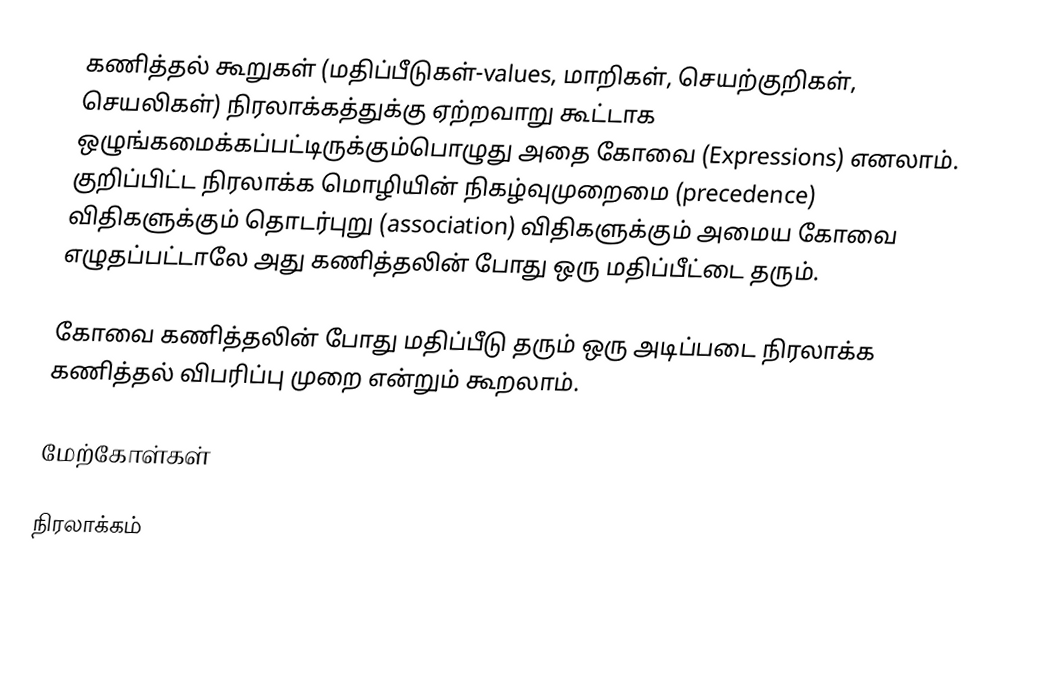
கணித்தல் கூறுகள் (மதிப்பீடுகள்-values, மாறிகள், செயற்குறிகள், செயலிகள்) நிரலாக்கத்துக்கு ஏற்றவாறு கூட்டாக ஒழுங்கமைக்கப்பட்டிருக்கும்பொழுது அதை கோவை (Expressions) எனலாம். குறிப்பிட்ட நிரலாக்க மொழியின் நிகழ்வுமுறைமை (precedence) விதிகளுக்கும் தொடர்புறு (association) விதிகளுக்கும் அமைய கோவை எழுதப்பட்டாலே அது கணித்தலின் போது ஒரு மதிப்பீட்டை தரும்.

கோவை கணித்தலின் போது மதிப்பீடு தரும் ஒரு அடிப்படை நிரலாக்க கணித்தல் விபரிப்பு முறை என்றும் கூறலாம்.

மேற்கோள்கள்

நிரலாக்கம்